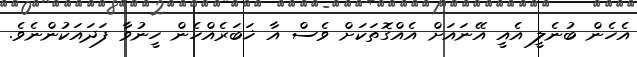
އެހެން ބުނެލީ އެއީ އޭނައަށް އެއްގޮތަކަށް ވެސް އާ ޚަބަރެއްހެން ހީނުވާ ފަދައަކުންނެވެ.